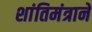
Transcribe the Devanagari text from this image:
शांतिमंत्राने